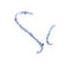
S/